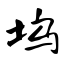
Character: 坞